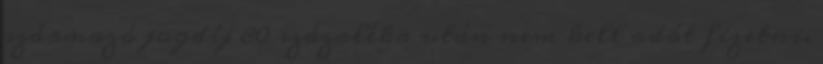
származó jogdíj 80 százaléka után nem kell adót fizetni.